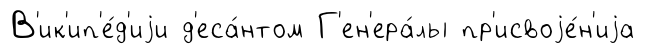
В'ик'ип'е́д'иjи д'еса́нтом Г'ен'ера́лы пр'исвоjе́н'иjа